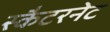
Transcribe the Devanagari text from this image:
स्कैटरनेट